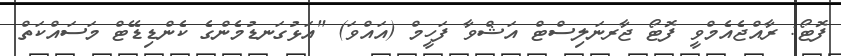
ފޮޓޯ: ރާއްޖެއެމްވީ ފޮޓޯ ޖާރނަލިސްޓް އަޝްވާ ފަހީމް (އައްވަ) "އަޅުގަނޑުމެންގެ ކެންޑިޑޭޓް މަސައްކަތް